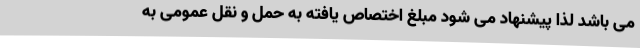
می باشد لذا پیشنهاد می شود مبلغ اختصاص یافته به حمل و نقل عمومی به